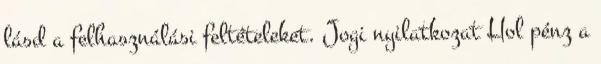
lásd a felhasználási feltételeket. Jogi nyilatkozat Hol pénz a